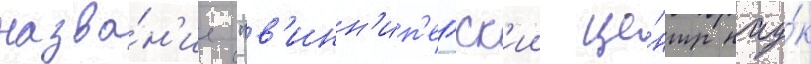
назва́н'ие "в'инн'ип'егск'ии це́нтр нау́к